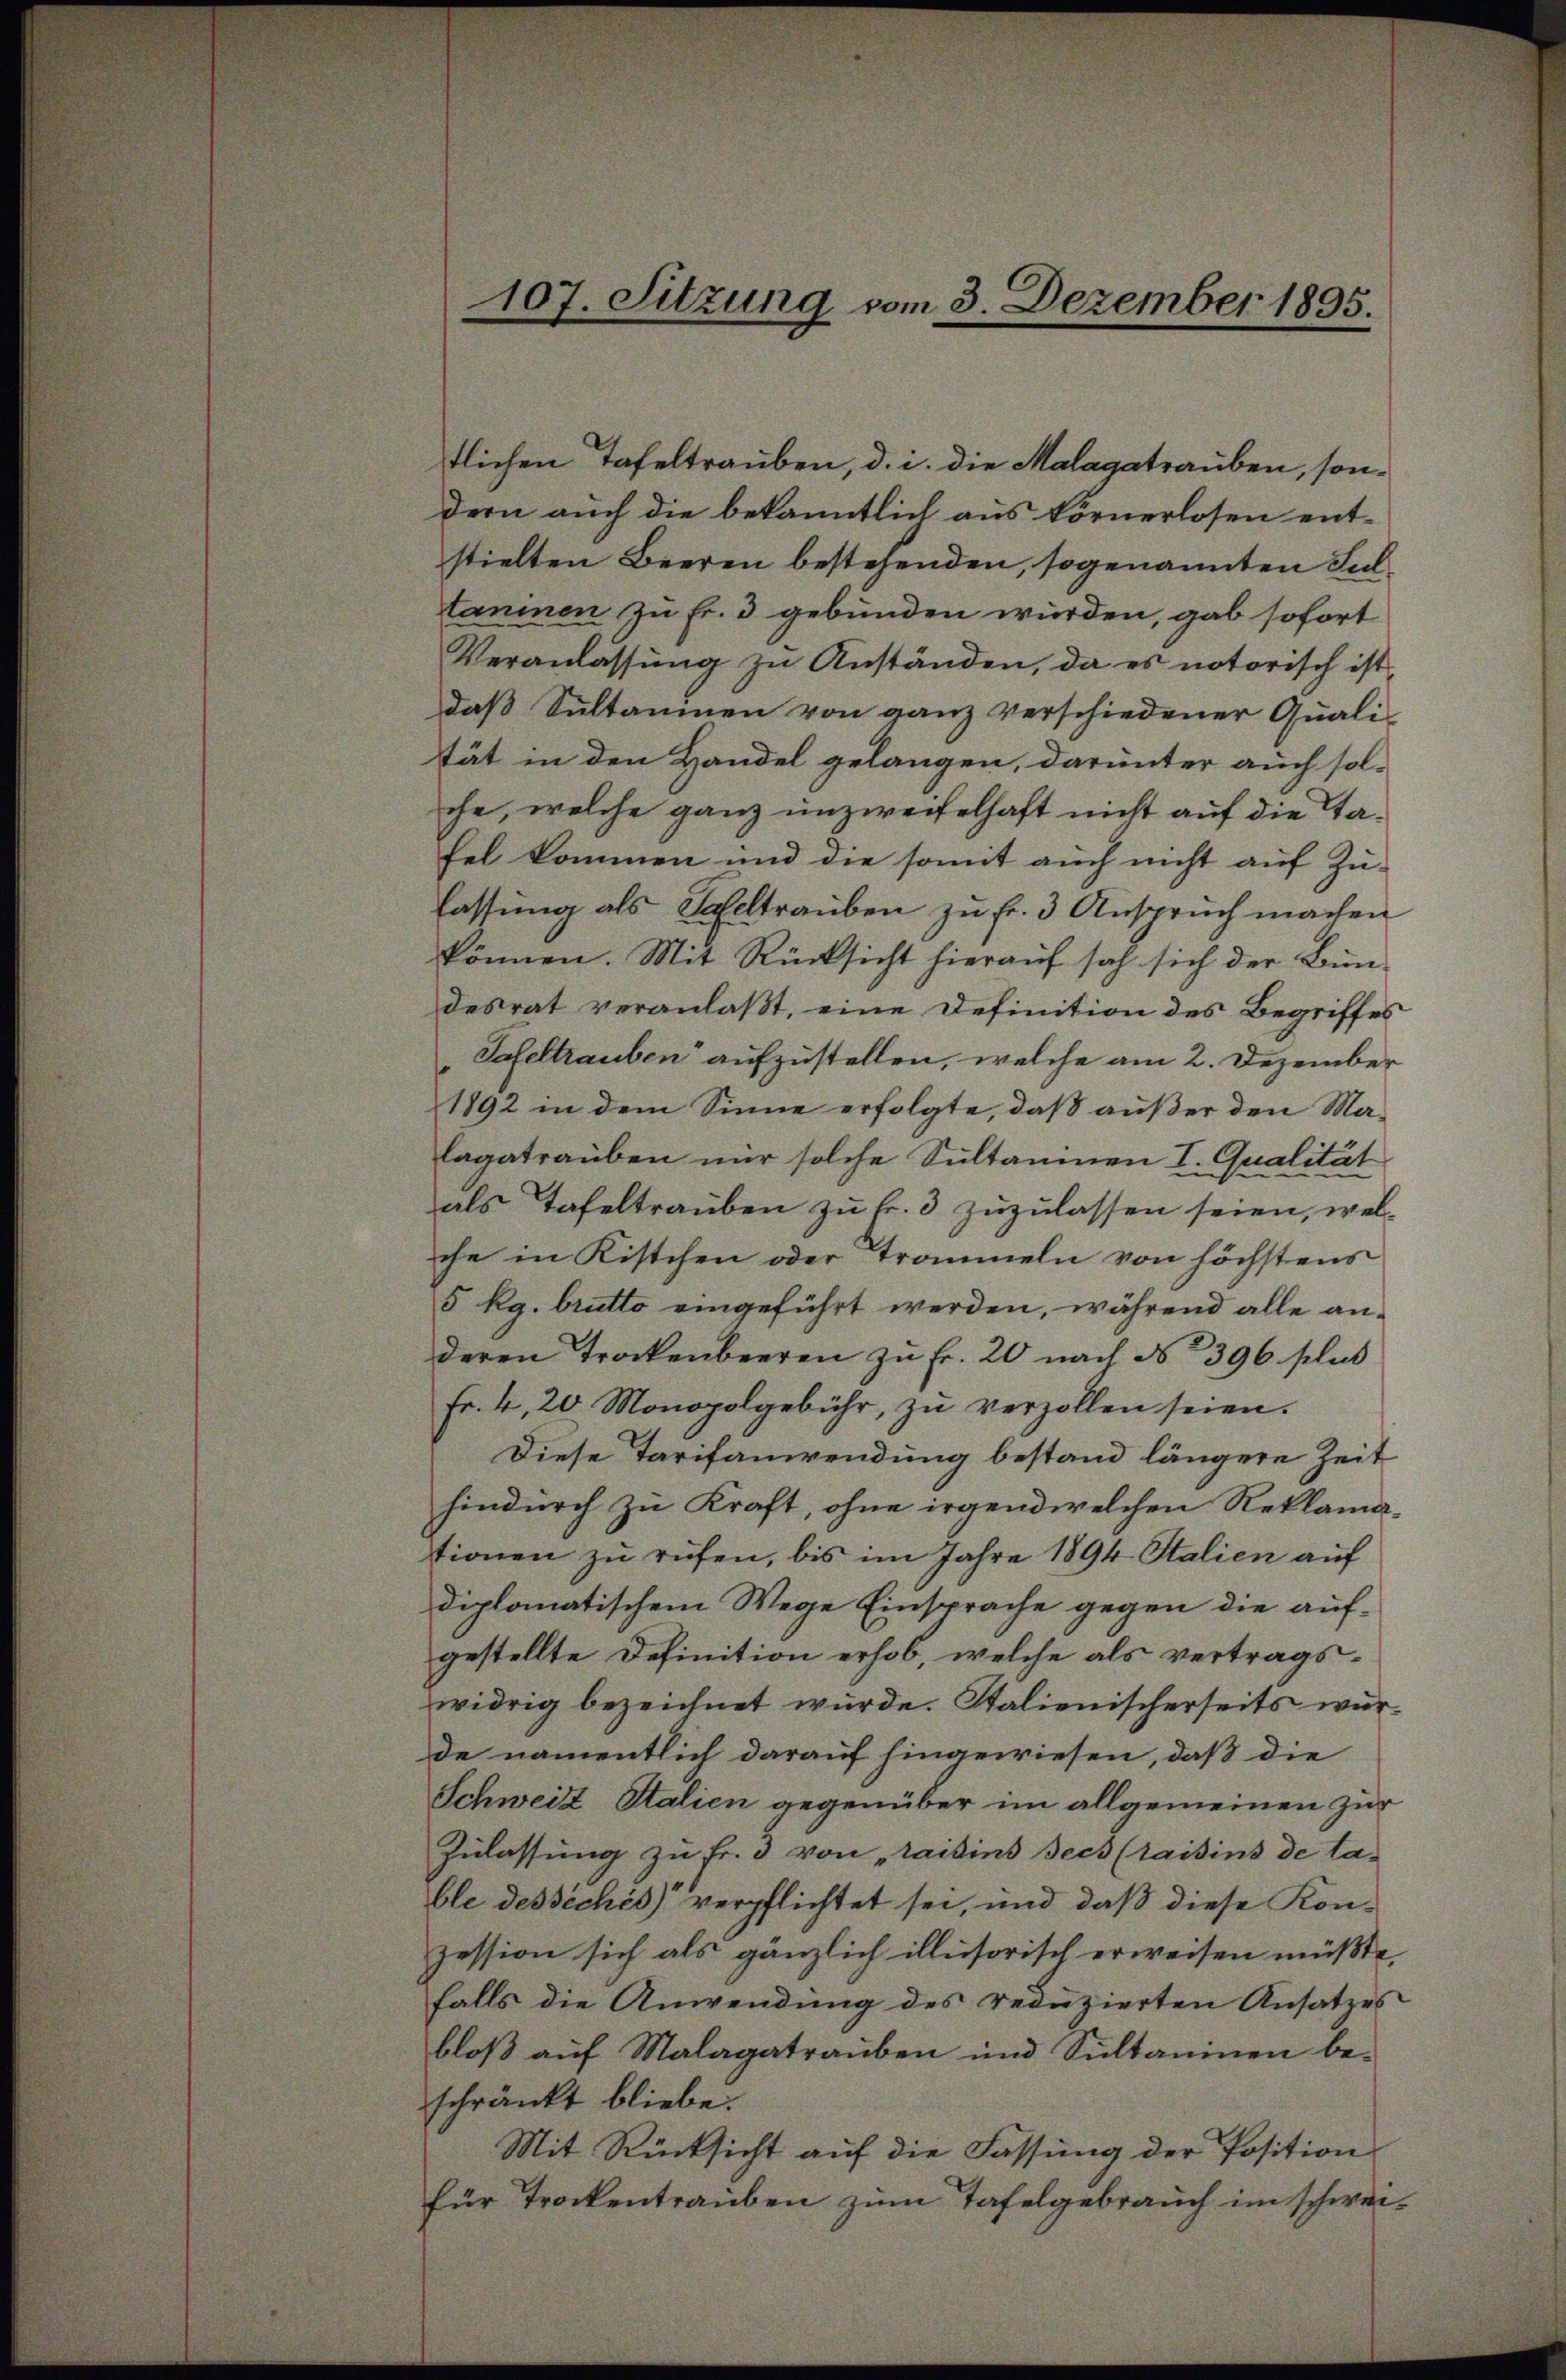
tlichen Tafeltrauben, d. i. die Malagatrauben, sondern auch die bekanntlich aus körnerlosen entstielten Bieren bestehenden, sogenannten Sultaninen zu Fr. 3 gebunden würden, gab sofort
Veranlassŭng zu Anständen, da es notorisch ist,
daß Sultanien von ganz verschiedener Quali-
tät in den Handel gelangen, darunter auch solche, welche ganz unzweifelhaft nicht auf die Tafel kommen und die somit auch nicht auf Zu-
lassung als Scheltrauben zu fr. 3 Anspruch machen
können. Mit Rücksicht hierauf sah sich der Bundesrat veranlaßt, eine Definition des Begriffes
Tafeltrauben aufzustellen, welche am 2. Dezember
1892 in dem Sinne erfolgte, daß außer den Malagatrauben nur solche Sultanien I. Qualität
als Tafeltrauben zu fr. 3 zuzulassen seien, welche in Kistchen oder Trommeln von höchstens
5 Rg. brutto eingeführt werden, während alle anderen Trockenbeeren zu Fr. 20 nach No 396 plus
Fr. 4, 20 Monopolgebühr, zŭ verzollen seien.
Diese Tarifanwendung bestand längere Zeit
hindurch zu Kraft, ohne irgend welchen Reklamationen zu rufen, bis im Jahre 1894 Stalien auf
diplomatischem Wege Einsprache gegen die aufgestellte Definition erhob, welche als vertragswidrig bezeichnet würde. Stalienischerseits wurde namentlich darauf hingewiesen, daß die
Schweiz Stalien gegenüber im allgemeinen zur
Zulassung zu fr. 3 von raisins Jecs (saisins de ta-
ble dessèches verpflichtet sei, und daß diese Konzession sich als gänzlich illusorisch erweisen müßte,
falls die Anwendung des redŭzierten Ansatzes
bloß auf Malagatrauben und Sultaninen be-
schränkt bliebe.
Mit Rücksicht auf die Fassung der Position
für Trockentrauben zum Tafelgebrauch im schwei¬

107. Sitzung vom 3. Dezember 1895.